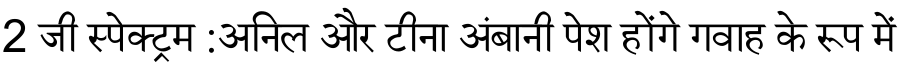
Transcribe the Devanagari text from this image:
2 जी स्पेक्ट्रम :अनिल और टीना अंबानी पेश होंगे गवाह के रूप में